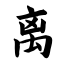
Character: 离